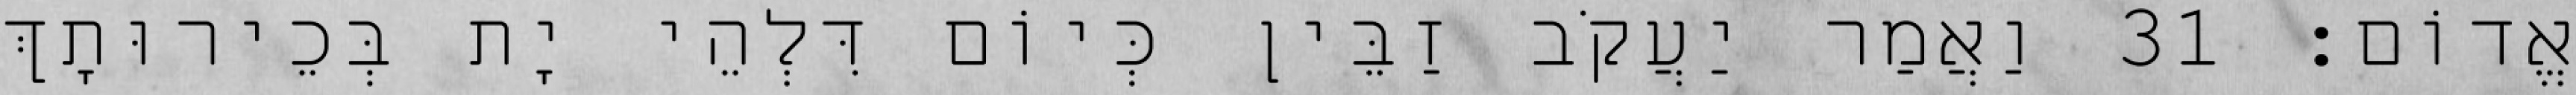
אֱדוֹם׃ 31 וַאֲמַר יַעֲקֹב זַבֵּין כְּיוֹם דִּלְהֵי יָת בְּכֵירוּתָךְ